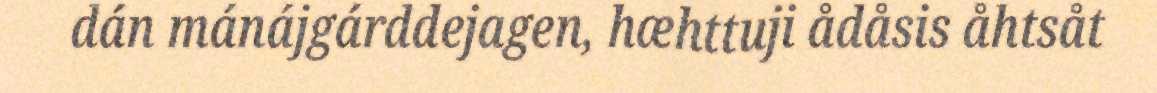
dán mánájgárddejagen, hæhttuji ådåsis åhtsåt